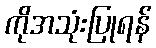
ကိုအသုံးပြုရန်